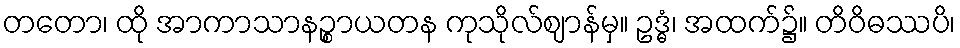
တတော၊ ထို အာကာသာနဉ္စာယတန ကုသိုလ်ဈာန်မှ။ ဥဒ္ဓံ၊ အထက်၌။ တိဝိဓဿပိ၊